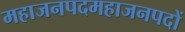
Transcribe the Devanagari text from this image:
महाजनपदमहाजनपदों